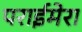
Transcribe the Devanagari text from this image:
पराईमेरा